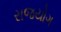
રાજયોગ